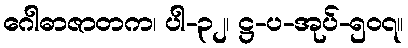
ဂေါဓာဇာတက၊ ပါ-၃၂၊ ဋ္ဌ-ပ-အုပ်-၅၀၇။